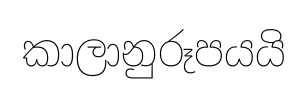
කාලානුරූපයයි